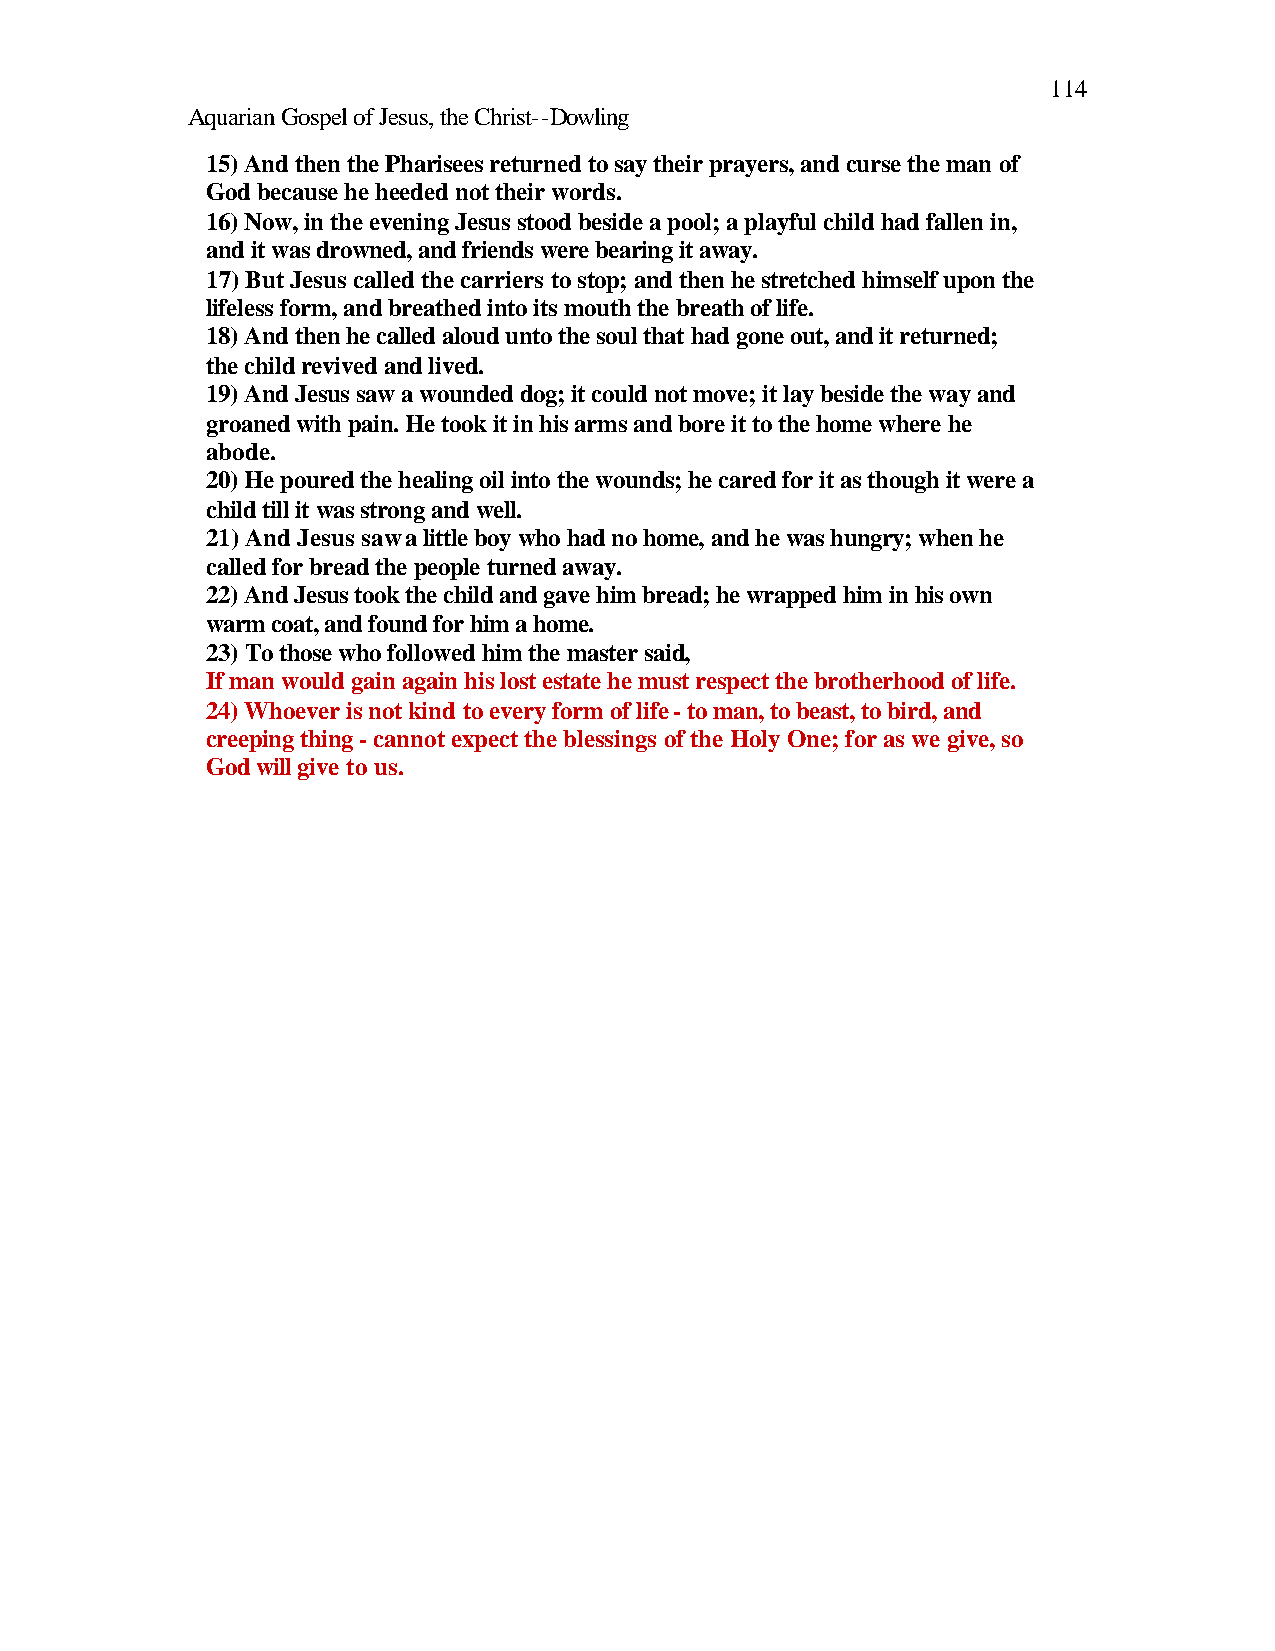
114
 Aquarian Gospel of Jesus, the Christ--Dowling
 15) And then the Pharisees returned to say their prayers, and curse the man of
 God because he heeded not their words.
 16) Now, in the evening Jesus stood beside a pool; a playful child had fallen in,
 and it was drowned, and friends were bearing it away.
 17) But Jesus called the carriers to stop; and then he stretched himself upon the
 lifeless form, and breathed into its mouth the breath of life.
 18) And then he called aloud unto the soul that had gone out, and it returned;
 the child revived and lived.
 19) And Jesus saw a wounded dog; it could not move; it lay beside the way and
 groaned with pain. He took it in his arms and bore it to the home where he
 abode.
 20) He poured the healing oil into the wounds; he cared for it as though it were a
 child till it was strong and well.
 21) And Jesus saw a little boy who had no home, and he was hungry; when he
 called for bread the people turned away.
 22) And Jesus took the child and gave him bread; he wrapped him in his own
 warm coat, and found for him a home.
 23) To those who followed him the master said,
 If man would gain again his lost estate he must respect the brotherhood of life.
 24) Whoever is not kind to every form of life - to man, to beast, to bird, and
 creeping thing - cannot expect the blessings of the Holy One; for as we give, so
 God will give to us.